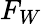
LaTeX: F_{W}